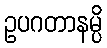
ဥပဂတာနမ္ပိ